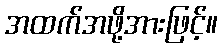
အထက်အဖို့အားဖြင့်။